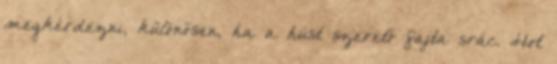
megkérdezni, különösen, ha a húst szerető fajta srác. Hot